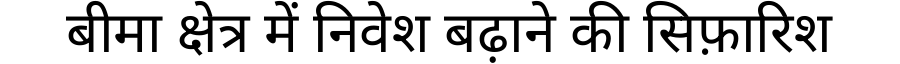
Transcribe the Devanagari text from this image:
बीमा क्षेत्र में निवेश बढ़ाने की सिफ़ारिश